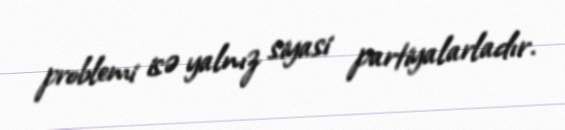
problemi isə yalnız siyasi partiyalarladır.